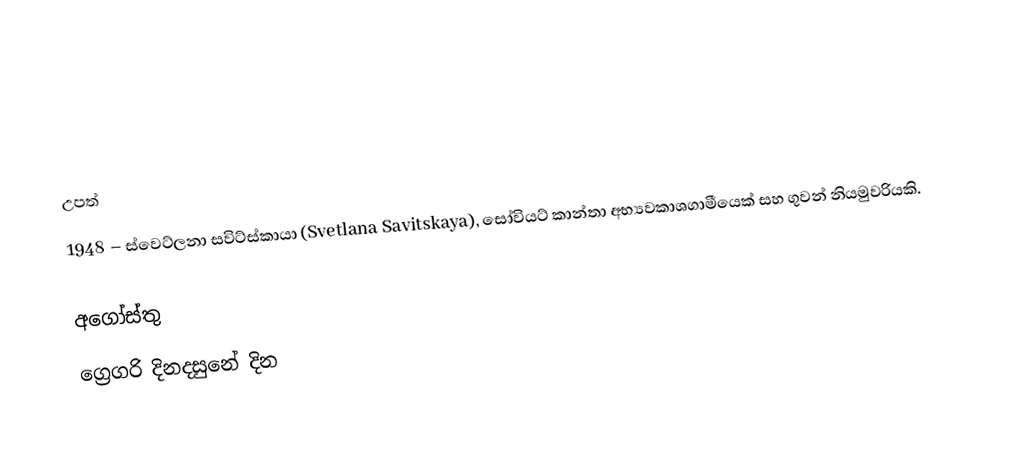

උපත්
1948 – ස්වෙට්ලනා සවිට්ස්කායා (Svetlana Savitskaya), සෝවියට් කාන්තා අභ්‍යවකාශගාමීයෙක් සහ ගුවන් නියමුවරියකි.

අගෝස්තු
ග්‍රෙගරි දිනදසුනේ දින